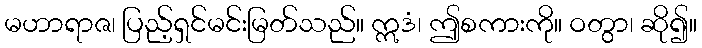
မဟာရာဇ၊ ပြည့်ရှင်မင်းမြတ်သည်။ ဣဒံ၊ ဤစကားကို။ ဝတွာ၊ ဆို၍။